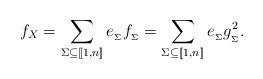
LaTeX: \begin{align*}f_X = \sum_{\Sigma\subseteq [\![1,n]\!]}e_{_\Sigma}f_{_\Sigma} = \sum_{\Sigma\subseteq [\![1,n]\!]}e_{_\Sigma}g^2_{_\Sigma}.\end{align*}